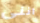
اننى